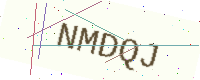
Text: NMDQJ